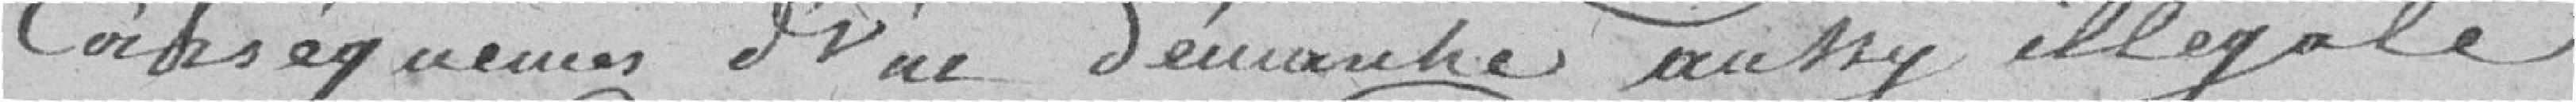
conséquences d'une démarche aussi illégale